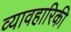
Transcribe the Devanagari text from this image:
व्यावहारिकी